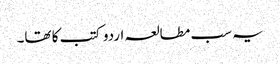
یہ سب مطالعہ اردو کتب کا تھا۔